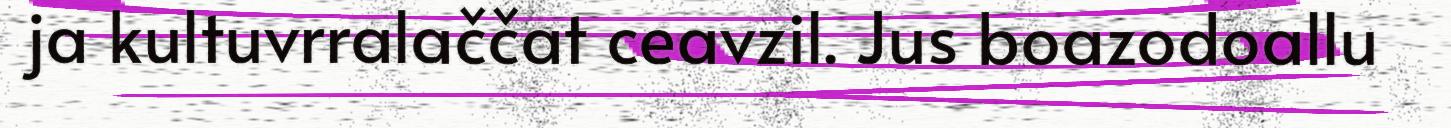
ja kultuvrralaččat ceavzil. Jus boazodoallu